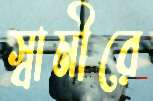
স্বামীরে